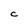
Character: C